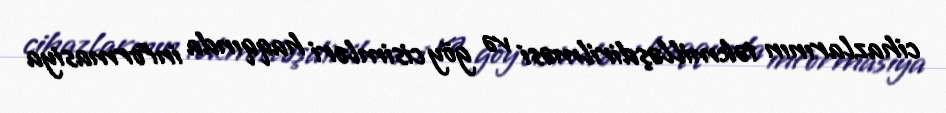
cihazlarının təkmilləşdirilməsi və göy cisimləri haqqında informasiya